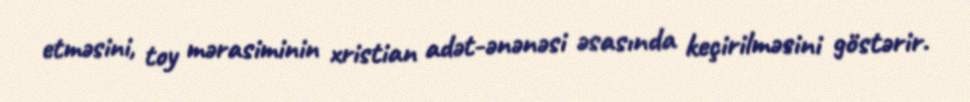
etməsini, toy mərasiminin xristian adət-ənənəsi əsasında keçirilməsini göstərir.